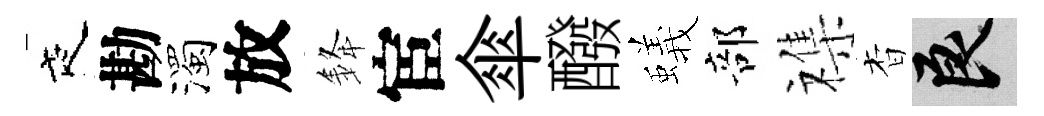
夜勘濁放𨦟宦傘醱蟻部襍杳良